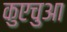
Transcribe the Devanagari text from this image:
कुएचुआ